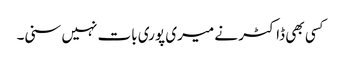
کسی بھی ڈاکٹر نے میری پوری بات نہیں سنی۔